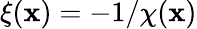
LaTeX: \xi(\mathbf{x})=-1/\chi(\mathbf{x})